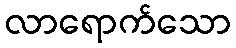
လာရောက်သော